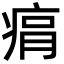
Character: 㾓